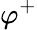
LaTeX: \varphi^{+}